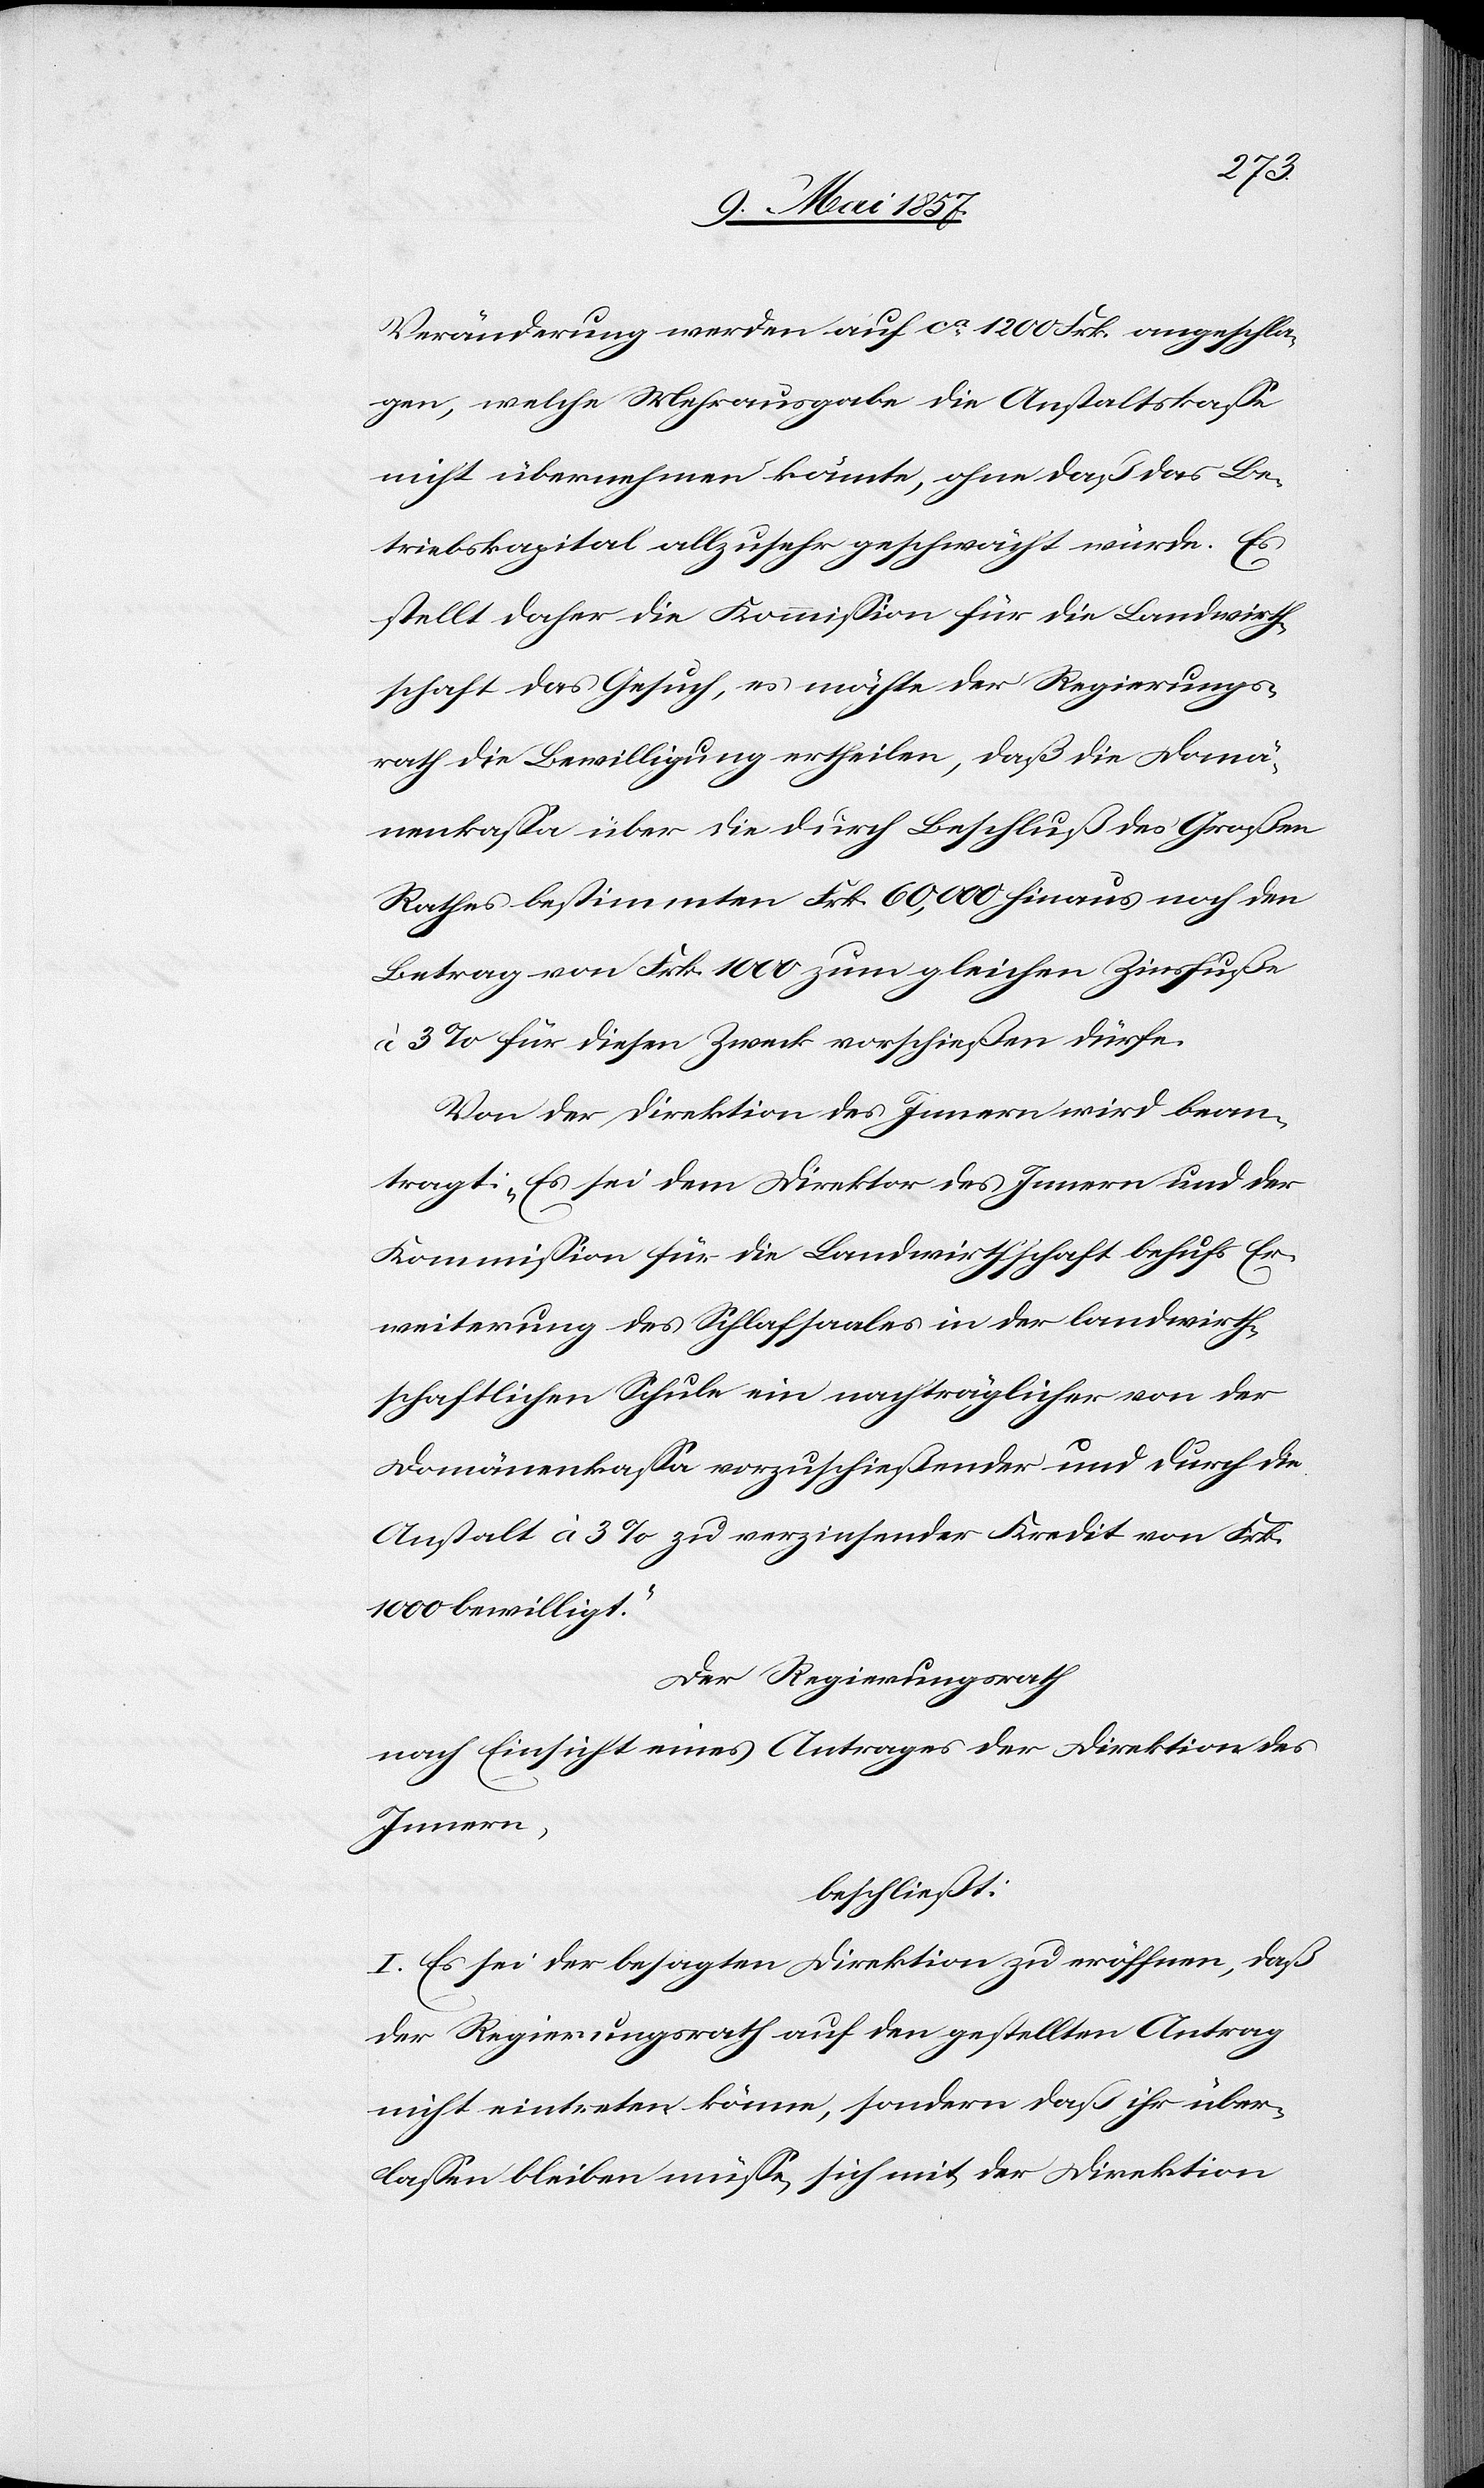
Veränderung werden auf ca 1200 Frk. angeschla¬
gen, welche Mehrausgabe die Anstaltskasse
nicht übernehmen könnte, ohne daß das Be¬
triebskapital allzusehr geschwächt würde. Es
stellt daher die Kommission für die Landwirth¬
schaft das Gesuch, es möchte der Regierungs¬
rath die Bewilligung ertheilen, daß die Domä¬
nenkassa über die durch Beschluß des Großen
Rathes bestimmten Frk. 60,000 hinaus noch den
Betrag von Frk. 1000 zum gleichen Zinsfuße
à 3% für diesen Zweck vorschießen dürfe.
Von der Direktion des Innern wird bean¬
tragt: „Es sei dem Direktor des Innern und der
Kommission für die Landwirthschaft behufs Er¬
weiterung des Schlafsaales in der landwirth¬
schaftilchen Schule ein nachträglicher von der
Domänenkassa vorzuschießender und durch die
Anstalt à 3% zu verzinsender Kredit von Frk.
1000 bewilligt.“
Der Regierungsrath
nach Einsicht eines Antrages der Direktion des
Innern,
beschließt:
I. Es sei der besagten Direktion zu eröffnen, daß
der Regierungsrath auf den gestellten Antrag
nicht eintreten könne, sondern daß ihr über¬
lassen bleiben müsse, sich mit der Direktion